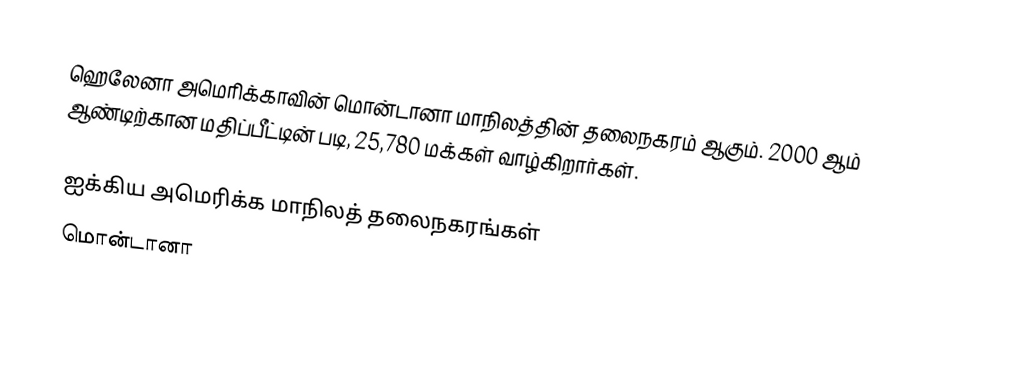
ஹெலேனா அமெரிக்காவின் மொன்டானா மாநிலத்தின் தலைநகரம் ஆகும். 2000 ஆம் ஆண்டிற்கான மதிப்பீட்டின் படி, 25,780 மக்கள் வாழ்கிறார்கள்.

ஐக்கிய அமெரிக்க மாநிலத் தலைநகரங்கள்
மொன்டானா